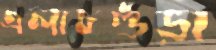
এলাচগুঁড়া